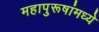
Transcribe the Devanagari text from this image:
महापुरूषांमध्ये